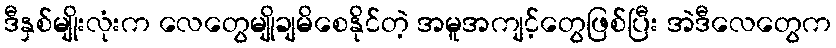
ဒီနှစ်မျိုးလုံးက လေတွေမျိုချမိစေနိုင်တဲ့ အမူအကျင့်တွေဖြစ်ပြီး အဲဒီလေတွေက